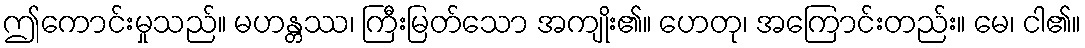
ဤကောင်းမှုသည်။ မဟန္တဿ၊ ကြီးမြတ်သော အကျိုး၏။ ဟေတု၊ အကြောင်းတည်း။ မေ၊ ငါ၏။